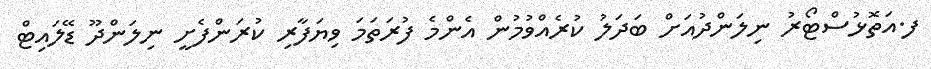
ފ.އަތޮޅުސްޓޯރު ނިލަންދުއަށް ބަދަލު ކުރެއްވުމުން އެންމެ ފުރަތަމަ ވިޔަފާރި ކުރަންފެށީ ނިލަންދޫ ޑޭލައިޓް